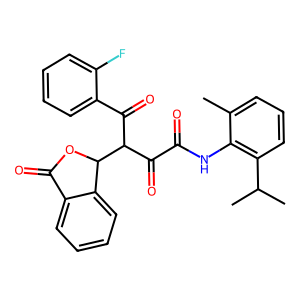
SMILES: Cc1cccc(C(C)C)c1NC(=O)C(=O)C(C(=O)c1ccccc1F)C1OC(=O)c2ccccc21
Inhibits HIV replication: No